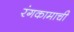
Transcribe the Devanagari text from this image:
रंगकामाची